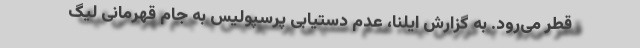
قطر می‌رود. به گزارش ایلنا، عدم دستیابی پرسپولیس به جام قهرمانی لیگ